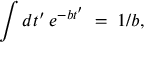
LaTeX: \int d t ^ { \prime } \: e ^ { - b t ^ { \prime } } \; = \; 1 / b ,